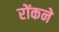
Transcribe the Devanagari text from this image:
रोंकने